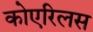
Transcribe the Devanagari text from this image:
कोएरिलस